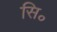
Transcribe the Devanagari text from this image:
सि॰